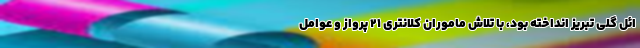
ائل گلی تبریز انداخته بود، با تلاش ماموران کلانتری ۲۱ پرواز و عوامل